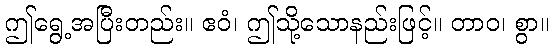
ဤရွေ့အပြီးတည်း။ ဧဝံ၊ ဤသို့သောနည်းဖြင့်။ တာဝ၊ စွာ။